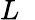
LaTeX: L\; \;